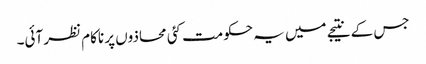
جس کے نتیجے میں یہ حکومت کئی محاذوں پر ناکام نظر آئی۔